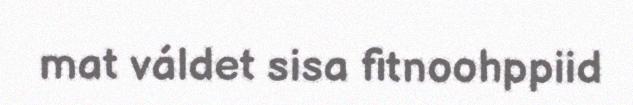
mat váldet sisa fitnoohppiid